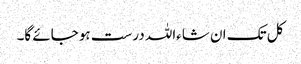
کل تک ان شاءاللہ درست ہو جائے گا۔